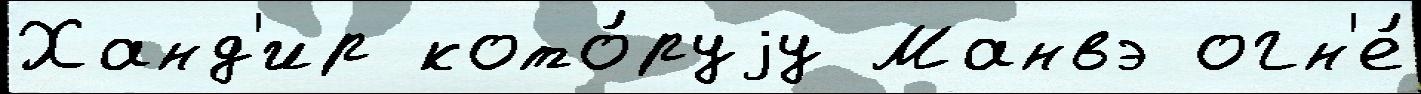
Ханд'ир кото́руjу Манвэ огн'е́